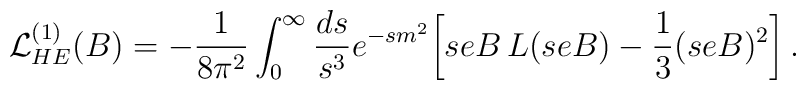
{\cal L}^{(1)}_{HE}(B)= -{1\over 8\pi^2}\int_{0}^\infty {ds\over s^3} e^{-sm^2}\biggl[seB\,L(seB)-{1\over 3}(seB)^2\biggr]\,.